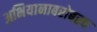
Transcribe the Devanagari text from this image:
अभियानाबरोबरच